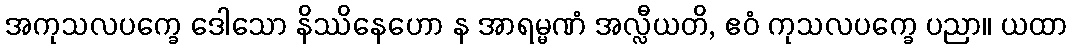
အကုသလပက္ခေ ဒေါသော နိဿိနေဟော န အာရမ္မဏံ အလ္လီယတိ, ဧဝံ ကုသလပက္ခေ ပညာ။ ယထာ